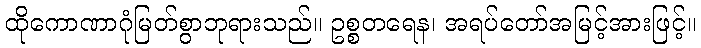
ထိုကောဏာဂုံမြတ်စွာဘုရားသည်။ ဥစ္စတရေန၊ အရပ်တော်အမြင့်အားဖြင့်။